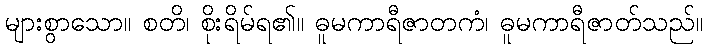
များစွာသော။ စတိ၊ စိုးရိမ်ရ၏။ ဓူမကာရီဇာတကံ၊ ဓူမကာရီဇာတ်သည်။